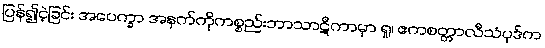
ပြန်၍ငဲ့ခြင်း အပေက္ခာ အနက်ကိုကစ္စည်းဘာသာဋီကာမှာ ရှု၊ ဧကစတ္တာလီသံပုဒ်က